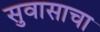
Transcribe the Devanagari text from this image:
सुवासाचा